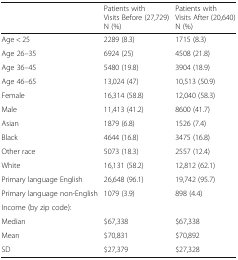
<table><thead><tr><td></td><td><b>Patients with Visits Before (27,729)N (%)</b></td><td><b>Patients with Visits After (20,640)N (%)</b></td></tr></thead><tbody><tr><td>Age &lt; 25</td><td>2289 (8.3)</td><td>1715 (8.3)</td></tr><tr><td>Age 26–35</td><td>6924 (25)</td><td>4508 (21.8)</td></tr><tr><td>Age 36–45</td><td>5480 (19.8)</td><td>3904 (18.9)</td></tr><tr><td>Age 46–65</td><td>13,024 (47)</td><td>10,513 (50.9)</td></tr><tr><td>Female</td><td>16,314 (58.8)</td><td>12,040 (58.3)</td></tr><tr><td>Male</td><td>11,413 (41.2)</td><td>8600 (41.7)</td></tr><tr><td>Asian</td><td>1879 (6.8)</td><td>1526 (7.4)</td></tr><tr><td>Black</td><td>4644 (16.8)</td><td>3475 (16.8)</td></tr><tr><td>Other race</td><td>5073 (18.3)</td><td>2557 (12.4)</td></tr><tr><td>White</td><td>16,131 (58.2)</td><td>12,812 (62.1)</td></tr><tr><td>Primary language English</td><td>26,648 (96.1)</td><td>19,742 (95.7)</td></tr><tr><td>Primary language non-English</td><td>1079 (3.9)</td><td>898 (4.4)</td></tr><tr><td colspan="3">Income (by zip code):</td></tr><tr><td>Median</td><td>$67,338</td><td>$67,338</td></tr><tr><td>Mean</td><td>$70,831</td><td>$70,892</td></tr><tr><td>SD</td><td>$27,379</td><td>$27,328</td></tr></tbody></table>